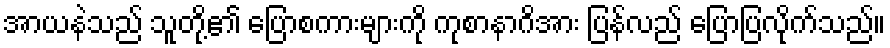
အာယနဲသည် သူတို့၏ ပြောစကားများကို ကုစာနာဂိအား ပြန်လည် ပြောပြလိုက်သည်။